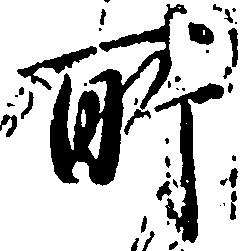
所